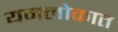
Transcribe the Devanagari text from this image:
यमलोकात